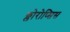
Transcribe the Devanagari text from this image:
क्लोरोप्सिस